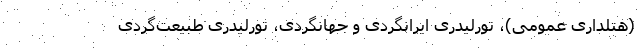
(هتلداری عمومی)، تورلیدری ایرانگردی و جهانگردی، تورلیدری طبیعت‌گردی